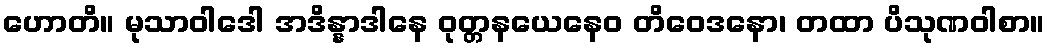
ဟောတိ။ မုသာဝါဒေါ အဒိန္နာဒါနေ ဝုတ္တနယေနေဝ တိဝေဒနော၊ တထာ ပိသုဏဝါစာ။